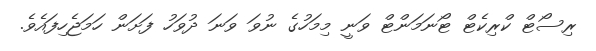
ރިސޯޓް ކްރިކެޓް ޓޯނަމަންޓް ވަނީ މިމަހުގެ ނުވަ ވަނަ ދުވަހު ފަށަން ހަމަޖެހިފައެވެ.